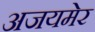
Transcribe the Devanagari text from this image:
अजयमेर